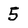
Character: 5